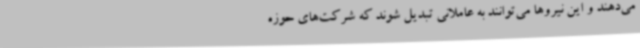
می‌دهند و این نیروها می‌توانند به عاملانی تبدیل شوند که شرکت‌های حوزه